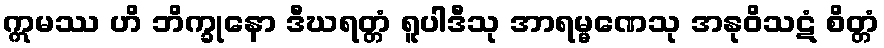
ဣမဿ ဟိ ဘိက္ခုနော ဒီဃရတ္တံ ရူပါဒီသု အာရမ္မဏေသု အနုဝိသဋံ စိတ္တံ